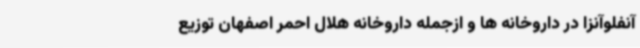
آنفلوآنزا در داروخانه ها و ازجمله داروخانه هلال احمر اصفهان توزیع